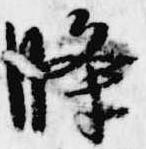
条